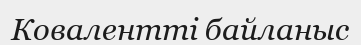
Ковалентті байланыс